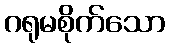
ဂရုမစိုက်သော